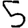
Digit: 5